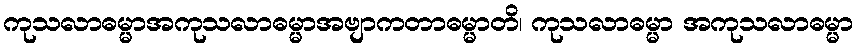
ကုသလာဓမ္မာအကုသလာဓမ္မာအဗျာကတာဓမ္မာတိ၊ ကုသလာဓမ္မာ အကုသလာဓမ္မာ